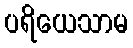
ပရိယေသာမ